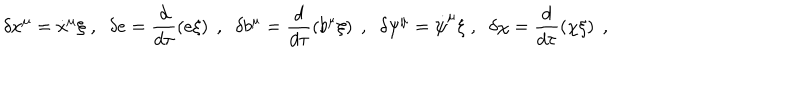
\delta x ^ { \mu } = { \dot { x } } ^ { \mu } \xi \; , \; \; \delta e = \frac { d } { d \tau } \left( e \xi \right) \; , \; \; \delta b ^ { \mu } = \frac { d } { d \tau } \left( b ^ { \mu } \xi \right) \; , \; \; \delta \psi ^ { \mu } = \dot { \psi } ^ { \mu } \xi \; , \; \; \delta \chi = \frac { d } { d \tau } \left( \chi \xi \right) \; ,